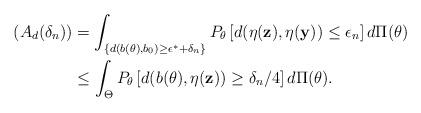
LaTeX: \begin{align*}(A_{d}(\delta_{n})) &= \int_{\{d(b(\theta),b_{0} ) \geq \epsilon^*+ \delta_{n} \}} P_{\theta}\left[d(\eta(\mathbf{z}), \eta (\mathbf{y}) ) \leq \epsilon_n \right] d\Pi(\theta) \\& \leq \int_\Theta P_\theta \left[d(b(\theta),\eta(\mathbf{z})) \geq \delta_{n}/4 \right] d\Pi(\theta) .\end{align*}